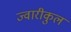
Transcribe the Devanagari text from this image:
ज्वारीकुल